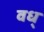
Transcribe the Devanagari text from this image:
वध्